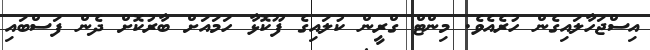
އިސްޖަހާލައިގެން ހުރެއެވެ. މިންޓް ގްރީން ކުލައިގެ ފޫކޮޅާ ހަމައަށް ބާރުކޮށް ދެން ފަސްބައި